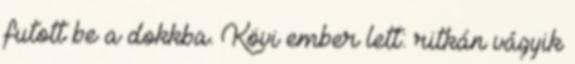
futott be a dokkba. Kövi ember lett: ritkán vágyik